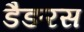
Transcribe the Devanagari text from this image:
डैङरस